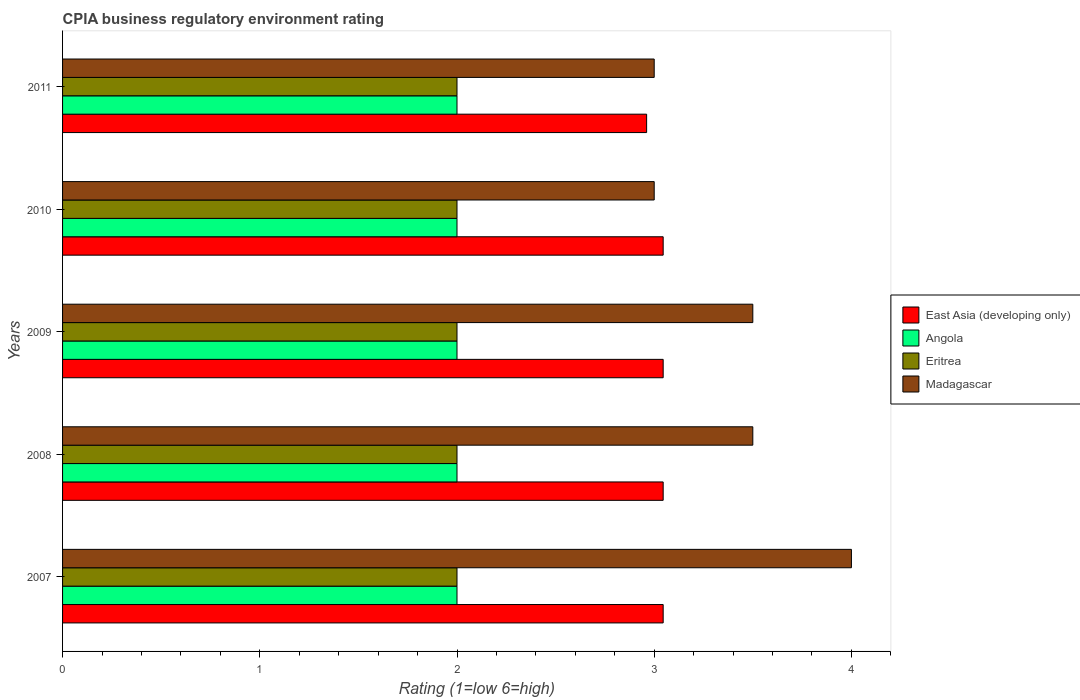
| Years | East Asia (developing only) | Angola | Eritrea | Madagascar |
 | --- | --- | --- | --- | --- |
 | 2007 | 3.05 | 2 | 2 | 4 |
 | 2008 | 3.05 | 2 | 2 | 3.5 |
 | 2009 | 3.05 | 2 | 2 | 3.5 |
 | 2010 | 3.05 | 2 | 2 | 3 |
 | 2011 | 2.96 | 2 | 2 | 3 |